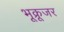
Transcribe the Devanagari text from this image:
भूक्रूजर